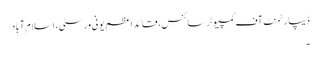
ڈیپارٹمنٹ آف کمپیوٹر سائنس، قائد اعظم یونی ورسٹی، اسلام آباد
۔